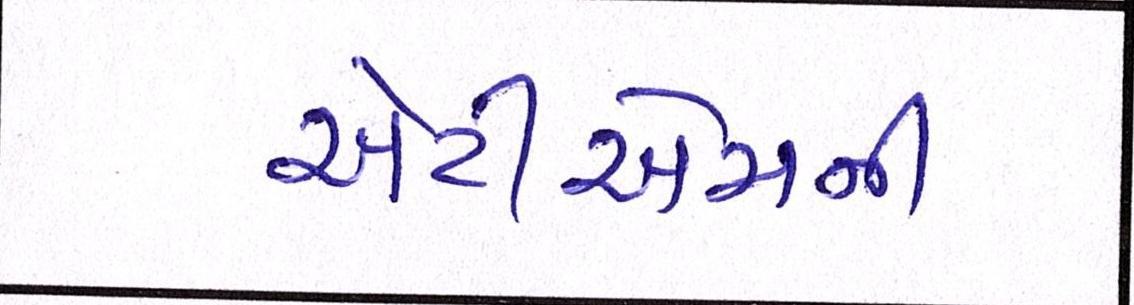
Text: એટીએમની